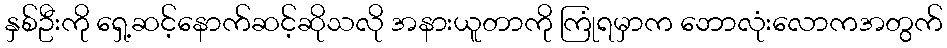
နှစ်ဦးကို ရှေ့ဆင့်နောက်ဆင့်ဆိုသလို အနားယူတာကို ကြုံရမှာက ဘောလုံးလောကအတွက်